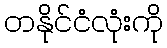
တနိုင်ငံလုံးကို